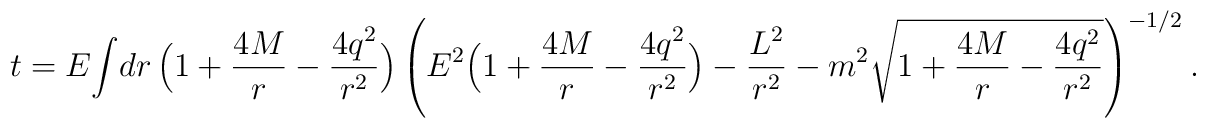
t = E { \int} {dr\, \Bigl(1 +{4M\over r} - {4q^2\over r^2}\Bigr)\left({E^2\Bigl(1 +{4M\over r} - {4q^2\over r^2}\Bigr)   -{L^2\over r^2} - m^2\sqrt{1 +{4M\over r} - {4q^2\over r^2}}}\right)^{-1/2} }\ .